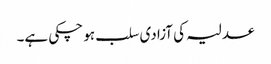
عدلیہ کی آزادی سلب ہو چکی ہے۔